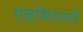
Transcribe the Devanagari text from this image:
एडमिरल्‍टी